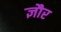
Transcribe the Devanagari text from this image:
ज्ञौर